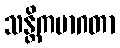
သန္တိကမာဂတာ